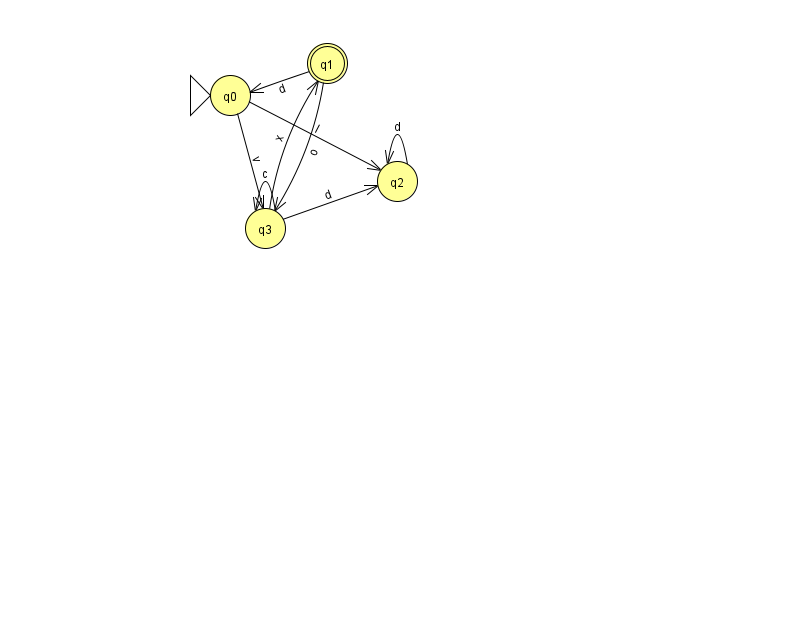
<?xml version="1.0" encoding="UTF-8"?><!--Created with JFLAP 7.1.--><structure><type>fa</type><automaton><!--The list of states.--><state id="0" name="q0"><x>230.0</x><y>82.0</y><initial/></state><state id="1" name="q1"><x>327.0</x><y>50.0</y><final/></state><state id="2" name="q2"><x>397.0</x><y>168.0</y></state><state id="3" name="q3"><x>265.0</x><y>215.0</y></state><!--The list of transitions.--><transition><from>0</from><to>3</to><read>v</read></transition><transition><from>3</from><to>1</to><read>x</read></transition><transition><from>3</from><to>2</to><read>d</read></transition><transition><from>3</from><to>3</to><read>c</read></transition><transition><from>2</from><to>2</to><read>d</read></transition><transition><from>1</from><to>3</to><read>o</read></transition><transition><from>1</from><to>0</to><read>d</read></transition><transition><from>0</from><to>2</to><read>l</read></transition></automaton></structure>